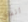
انفاق